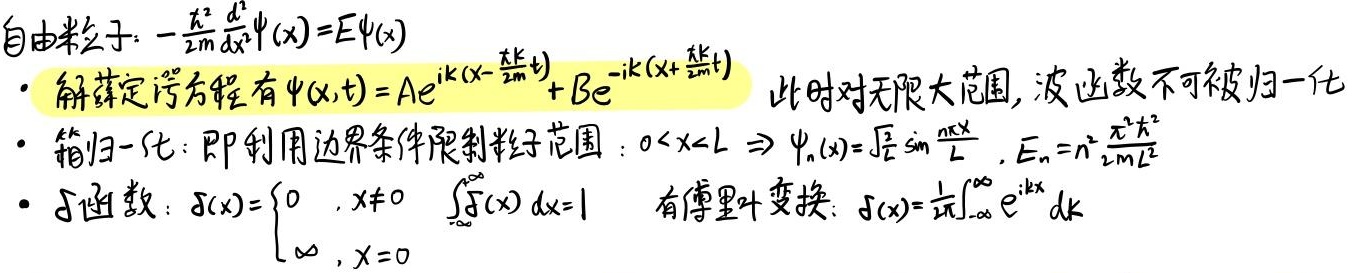
自由粒子：$-\frac{\hbar^2}{2m}\frac{d^2}{dx^2}\psi(x)=E\psi(x)$。
- 解薛定谔方程有$\psi(x,t)=Ae^{ik(x - \frac{\hbar k}{2m}t)} + Be^{-ik(x + \frac{\hbar k}{2m}t)}$ 。此时对无限大范围，波函数不可被归一化。
- 箱归一化：即利用边界条件限制粒子范围：$0<x<L \Rightarrow \psi_n(x)=\sqrt{\frac{2}{L}}\sin\frac{n\pi x}{L}, E_n = n^2\frac{\pi^2\hbar^2}{2mL^2}$。
- $\delta$函数：$\delta(x)=\begin{cases}\text{0}, & x\neq0 \\ \text{∞}, & x = 0\end{cases} \quad \int_{-\infty}^{\infty}\delta(x)dx = 1$ ，有傅里叶变换：$\delta(x)=\frac{1}{2\pi}\int_{-\infty}^{\infty}e^{ikx}dk$